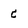
Character: C